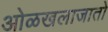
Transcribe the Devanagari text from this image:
ओळखलाजातो